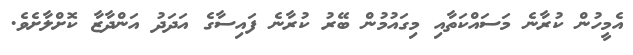
އެމީހުން ކުރާނެ މަސައްކަތާއި މިގައުމުން ބޭރު ކުރާނެ ފައިސާގެ އަދަދު އަންދާޒާ ކޮށްލާށެވެ.